Code of medical and sanitary regulations for the guidance of medical officers serving in the Madras Presidency - Volume I
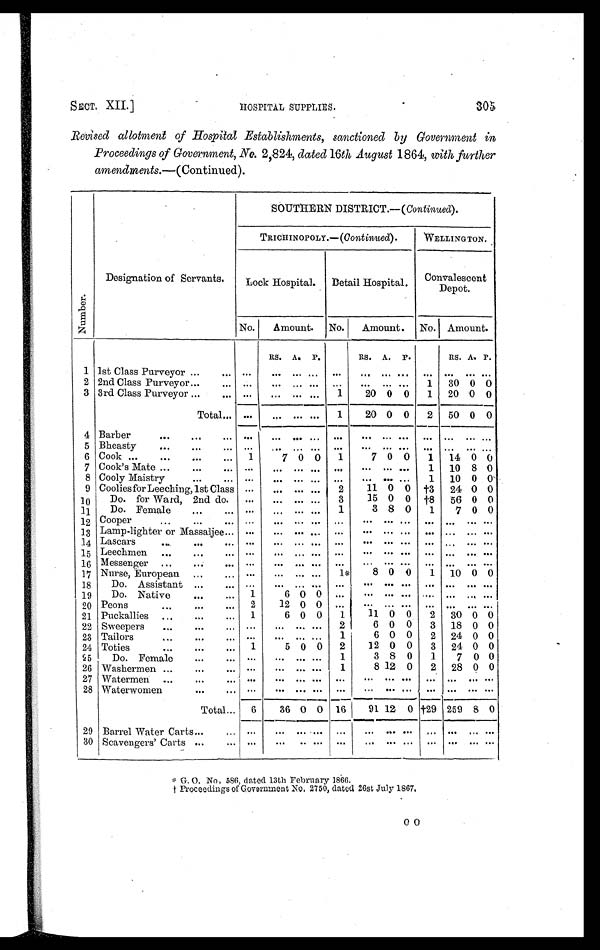
SECT. XII.]
HOSPITAL SUPPLIES.
305
Revised allotment of Hospital Establishments, sanctioned by Government in
Proceedings of Government, No. 2,824, dated 16th August 1864, with further
amendments. —(Continued).
Number .
Designation of Servants.
SOUTHERN DISTRICT.—( Continued).
TRICHINOPOLY.—( Continued).
WELLINGTON.
Lock Hospital.
Detail Hospital.
Convalescent
Depot.
No.
Amount. No.
Amount.
N o . Amount.
RS. A. P.
RS. A. P.
RS. A. P.
1 1st Class Purveyor
. . . . . . . . .
. . . . . .
. . .
. . .
. . . . . .
. . .
. . .
. . . . . . . . .
2 2nd Class Purveyor
. . . . . . . . .
. . . . . .
. . .
. . .
. . . . . .
. . . 1 30 0 0
3 3rd Class Purveyor ...
. . . . . .
. . . . . .
. . . 1
20 0 0
1 20 0 0
Total . . . . . .
. . . . . . . . .
1
20 0 0
2 50 0 0
4 Barber
...
. . .
. . .
. . .
. . .
. . . . . .
. . .
. . . . . .
. . .
. . .
. . . . . .
. . .
5 Bheasty
...
...
. . .
. . .
. . .
. . .
. . .
. . .
. . . . . .
. . .
. . .
. . . . . .
. . .
6 Cook ...
...
... . . . 1
7 0 0
1
7 0 0
1 14 0 0
7 Cook's Mate ...
. . . . . . . . .
. . . . . . . . .
. . .
. . . . . .
. . . 1 10 8 0
8 Cooly Maistry
...
. . .
. . .
. . . . . . . . .
. . .
. . .
. . . ...
1 10 0 0
9 Coolies for Leeching, 1st Class ...
. . . . . . . . . 2
11 0 0 †3 24 0 0
10
Do. for Ward, 2nd do.
...
. . . . . . . . . 3
15 0 0 †8 56 0 0
11
Do. Female
...
. . . . . .
. . .
. . . . . .
1
3 8 0
1
7 0 0
12 Cooper
...
...
. . . ...
. . . . . .
. . .
. . .
. . . . . .
. . .
. . .
. . . . . . . . .
13 Lamp-lighter or Massaljee . . . . . .
. . . . . .
. . .
. . .
. . . . . .
. . .
. . .
. . . . . . . . .
14 Lascars
...
...
. . . . . .
. . . ... . . .
. . .
. . . . . .
. . .
. . .
. . . . . . . . .
15 Leechmen ...
...
...
. . .
. . .
. . . . . .
. . .
. . . . . .
. . .
. . .
. . . . . . . . .
16 Messenger ...
...
. . . . . .
. . .
. . . . . .
. . .
. . . . . .
. . .
. . .
. . . . . . . . .
17 Nurse, European
... . . . . . .
. . . ... . . .
1*
8 0 0
1 10 0 0
18
Do. Assistant ...
. . . . . .
. . .
. . . . . .
. . .
. . . . . .
. . .
. . .
. . . . . . . . .
19
Do. Native
...
. . . 1
6 0 0 ...
. . . . . .
. . .
. . .
. . . . . . . . .
20 Peons
...
...
. . . 2
12 0 0 ...
. . . . . .
. . .
. . .
. . . . . . . . .
21 Puckallies ...
...
. . . 1
6 0 0
1
11 0 0
2 30 0 0
22 Sweepers
...
...
. . .
. . .
. . . . . .
. . .
. . .
6 0 0
3 18 0 0
23 Tailors
...
...
...
. . .
. . . . . .
. . . 1
6 0 0
2 24 0 0
24 Toties
...
...
...
1
5 0 0
2
12 0 0
3 24 0 0
25
Do. Female
...
. . .
. . .
. . . . . .
. . . 1
3 8 0
1
7 0 0
26 Washermen ...
...
. . .
. . .
. . . . . .
. . . 1
8 12 0
2 28 0 0
27 Watermen ...
...
. . .
. . .
. . . . . .
. . .
. . .
. . . . . .
. . .
. . .
. . . . . . . . .
28 Waterwomen
...
. . .
. . .
. . . . . .
. . .
. . .
. . . . . .
. . .
. . .
. . . . . . . . .
Total . . . 6
36 0 0 16
91 12 0 †29 259 8 0
29 Barrel Water Carts
...
. . . . . .
. . . . . .
. . .
. . .
. . . . . .
. . .
. . .
. . . . . .
. . .
30 Scavengers' Carts ...
. . . ...
. . . . . .
. . .
. . .
. . . . . .
. . .
. . .
. . . . . .
. . .
* Gr. O. No. 586, dated 13th February 1866.
† Proceedings of Government No. 2750, dated 26st July 1867.
O O